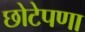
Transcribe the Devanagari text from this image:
छोटेपणा